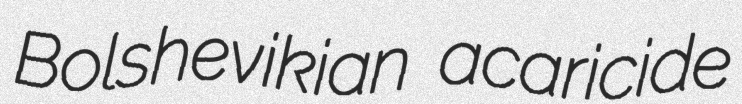
Bolshevikian acaricide